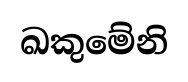
ඛකුමේනි